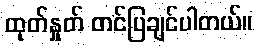
ထုတ်နှုတ် တင်ပြချင်ပါတယ်။